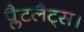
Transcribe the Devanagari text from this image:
प्लैटलैट्स।